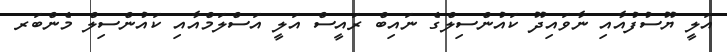
އަލީ ޔޫސުފުއާއި ނާވައިދޫ ކައުންސިލްގެ ނައިބް ރައީސް އަލީ އަސްލަމްއާއި ކައުންސިލް މެންބަރ